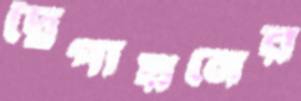
দ্বৈপায়নের